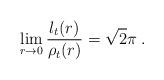
LaTeX: \begin{align*} \lim\limits_{r\to0}\frac{l_t(r)}{\rho_t(r)}=\sqrt{2}\pi\;. \end{align*}